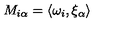
M _ { i \alpha } = \langle \omega _ { i } , \xi _ { \alpha } \rangle